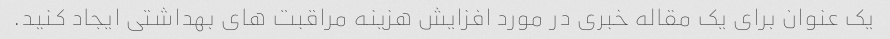
یک عنوان برای یک مقاله خبری در مورد افزایش هزینه مراقبت های بهداشتی ایجاد کنید.